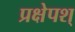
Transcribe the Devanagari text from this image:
प्रक्षेपश्